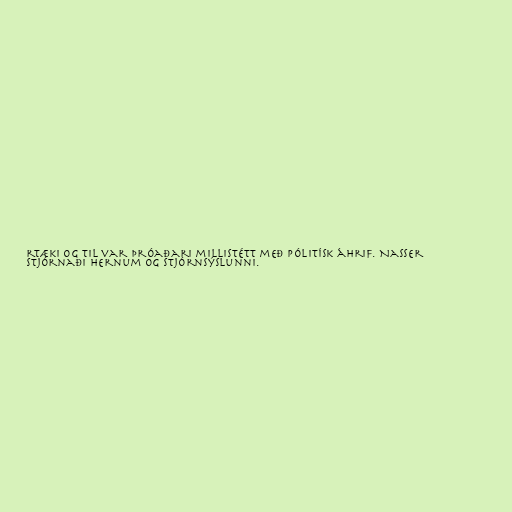
rtæki og til var þróaðari millistétt með pólitísk áhrif. Nasser
stjórnaði hernum og stjórnsýslunni.